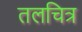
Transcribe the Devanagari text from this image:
तलचित्र